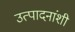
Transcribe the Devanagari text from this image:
उत्पादनांशी